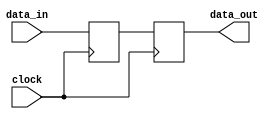
module level_sensitive_latch (
  input data_in,
  input clock,
  output reg data_out
);

reg stored_data;

always @(posedge clock) begin
  if (clock) begin
    stored_data <= data_in;
  end
  data_out <= stored_data;
end

endmodule